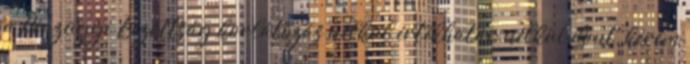
a Pénzügyi Bizottság korlátozás nélkül értékhatár nélkül dönt, kérem